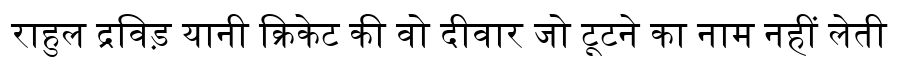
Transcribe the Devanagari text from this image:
राहुल द्रविड़ यानी क्रिकेट की वो दीवार जो टूटने का नाम नहीं लेती